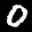
Label: 0